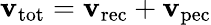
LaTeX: \mathbf{v}_{\mathrm{{tot}}}=\mathbf{v}_{\mathrm{{rec}}}+\mathbf{v}_{\mathrm{{pec}}}